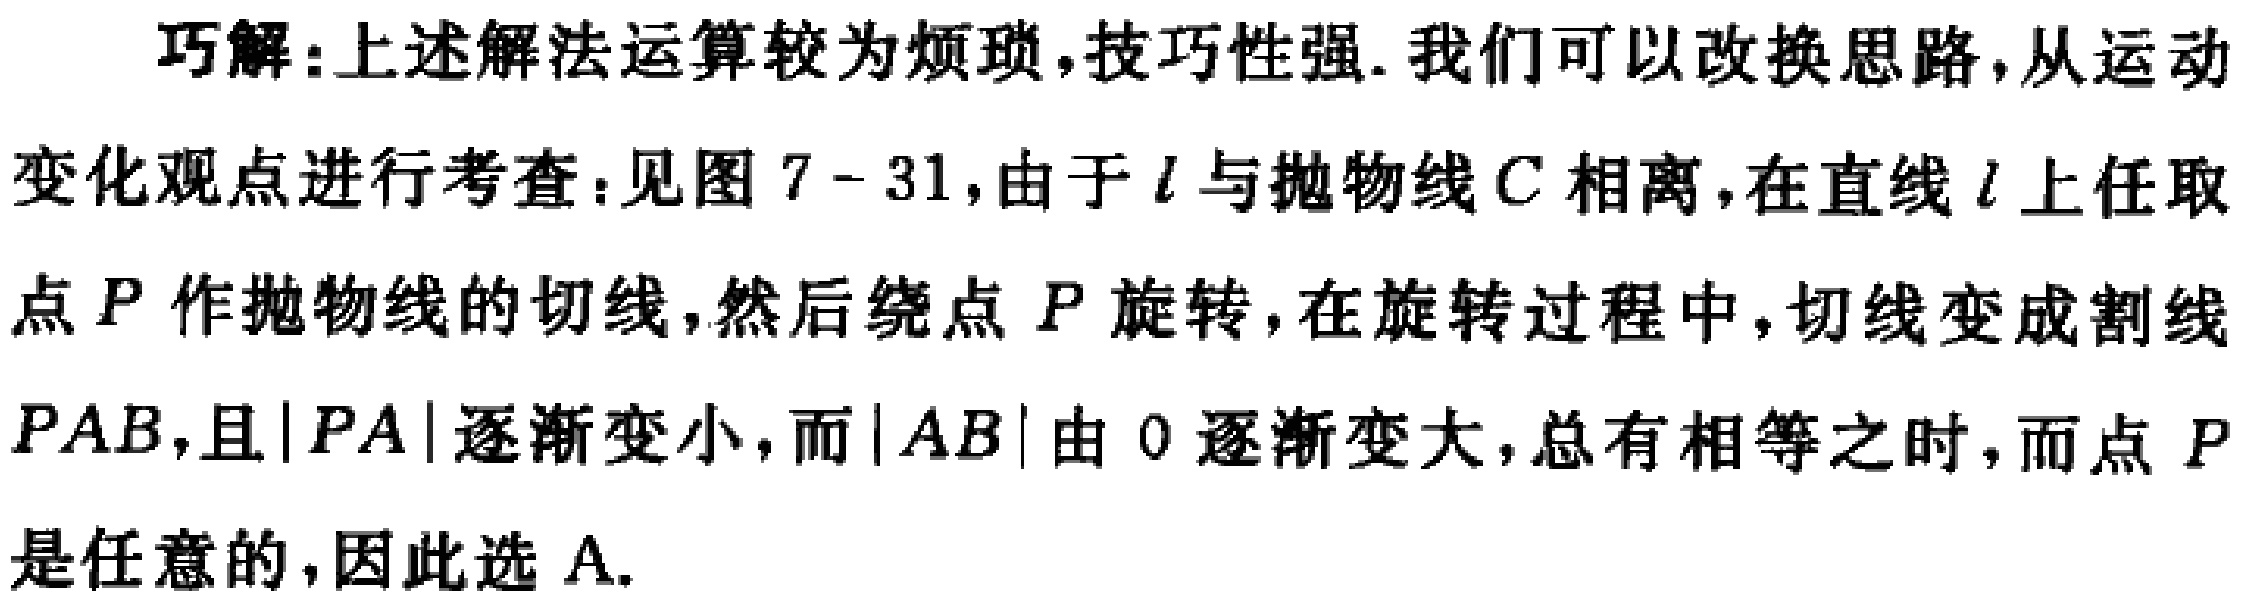
巧解:上述解法运算较为烦琐,技巧性强.我们可以改换思路,从运动变化观点进行考查:见图 7 - 31,由于 \(l\) 与抛物线 \(C\) 相离,在直线 \(l\) 上任取点 \(P\) 作抛物线的切线,然后绕点 \(P\) 旋转,在旋转过程中,切线变成割线 \(PAB\),且\(\vert PA\vert\)逐渐变小,而\(\vert AB\vert\)由 \(0\) 逐渐变大,总有相等之时,而点 \(P\) 是任意的,因此选 A.